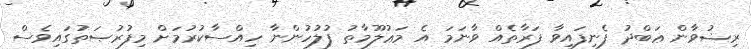
ރިޟުވާން ޢަބްދު ފެނިފައިވާ ފަރާތެއް ވާނަމަ އެ މަޢުލޫމާތު ފުލުހުންނާ ހިއްސާކުރުމަށް މިފުރުޞަތުގައިވެސް